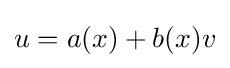
u=a(x)+b(x)v